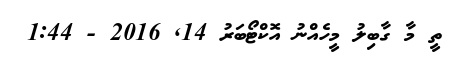
ތީ މާ ގާބިލު މީހެއްނު އޮކްޓޯބަރު 14